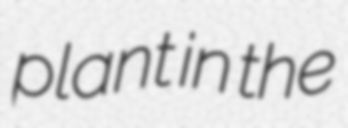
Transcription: plant in the